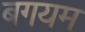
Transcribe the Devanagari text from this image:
बगयम